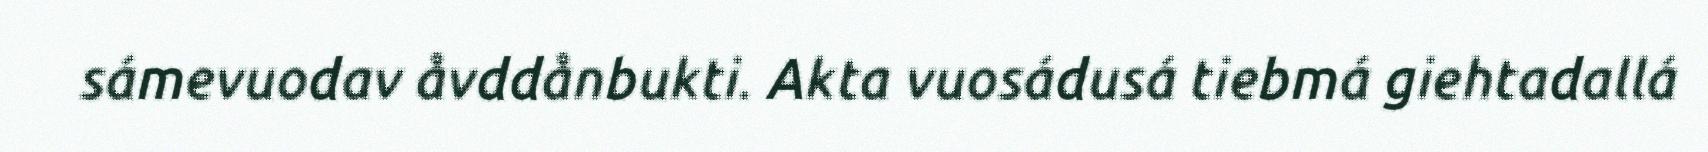
sámevuodav åvddånbukti. Akta vuosádusá tiebmá giehtadallá